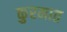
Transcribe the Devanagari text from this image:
कुरमात